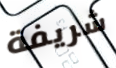
شريفة